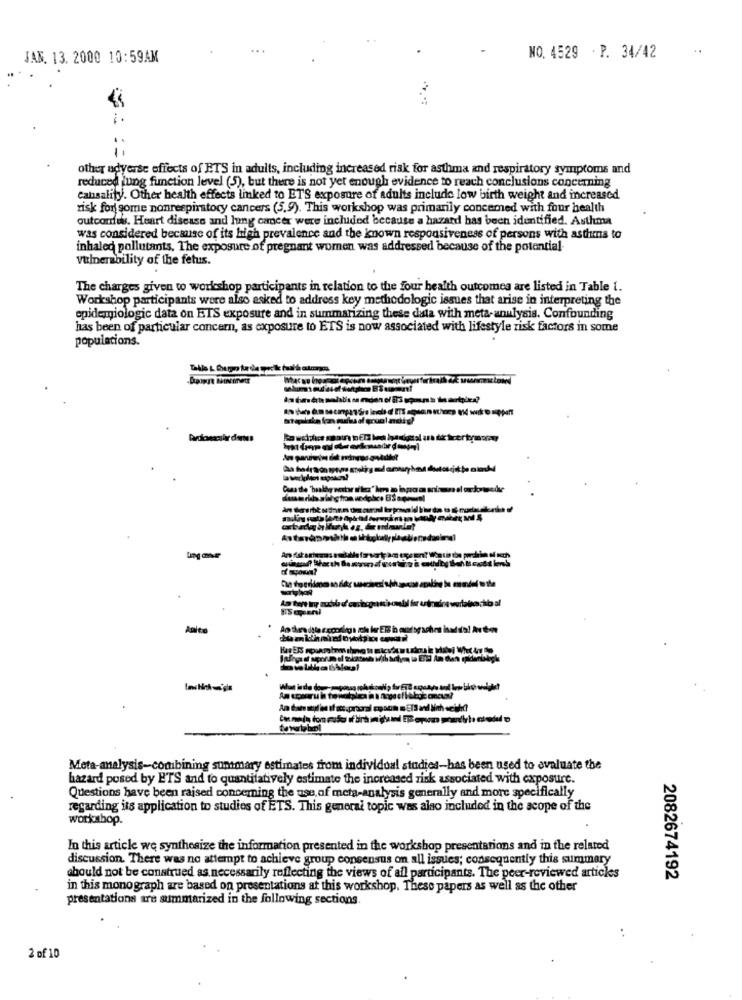
...
..
JAN. 13. 2000 10:59AM
NO. 4529 .P. 34/42
11
other adverse effects of ETS in adults, including increased risk for asthma and respiratory symptoms and
reduced lung function level (5), but there is not yet enough evidence to reach conclusions concerning
Causality. Other health effects linked to ETS exposure of adults include low birth weight and increased
risk for some nonrespiratory cancers (5,9). This workshop was primarily concemed with four health
outcordes. Heart disease and lung cancer were included because a hazard has been identified. Asthma
was considered because of its high prevalence and the known responsiveness of persons with asthma to
inhaled pollutants. The exposure of pregnant women was addressed because of the potential
Vulnerability of the fetus.
The charges given to workshop participants in relation to the four health outcomes are listed in Table 1.
Workshop participants were also asked to address key methodologic issues that arise in interpreting the
epidemiologic data on ETS exposure and in summarizing these data with meta-anulysis. Confounding
has been of particular concern, as exposure to ETS is now associated with lifestyle risk factors in some
populations.
thors 84
As tent Iny mu
IS meni
Anita
Meta-analysis-combining suntmary estimates from individual studies-has been used to evaluate the
hazard posed by ETS and to quantitatively estimate the increased risk associated with exposure.
Questions have been raised concerning the use of meta-analysis generally and more specifically
regarding its application to studies of ETS. This general topic was also included in the scope of the
workshop.
In this article we synthesize the information presented in the workshop presentations and in the related
discussion. There was no attempt to achieve group consensus on all issues; consequently this summary
should not be construed as necessarily reflecting the views of all participants. The peer-reviewed articles
2082674192
in this monograph are based on presentations at this workshop. These papers as well as the other
presentations are summarized in the following sections
2 of 10